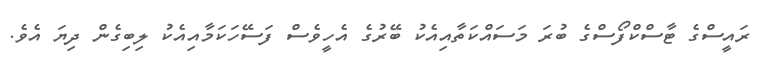
ރައީސްގެ ޓާސްކްފޯސްގެ ބުރަ މަސައްކަތާއިއެކު ބޭރުގެ އެހީވެސް ފަސޭހަކަމާއިއެކު ލިބިގެން ދިޔަ އެވެ.